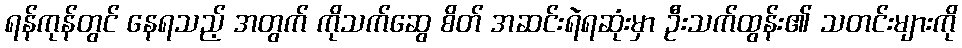
ရန်ကုန်တွင် နေရသည့် အတွက် ကိုသက်ဆွေ စိတ် အဆင်းရဲရဆုံးမှာ ဦးသက်ထွန်း၏ သတင်းများကို